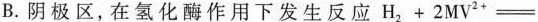
B.阴极区，在氢化酶作用下发生反应$$H _ { 2 } + 2 M V ^ { 2 +} =